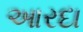
આરદા